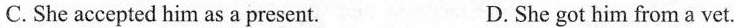
C.She accepted him as a present. D.Shegot him from a vet.